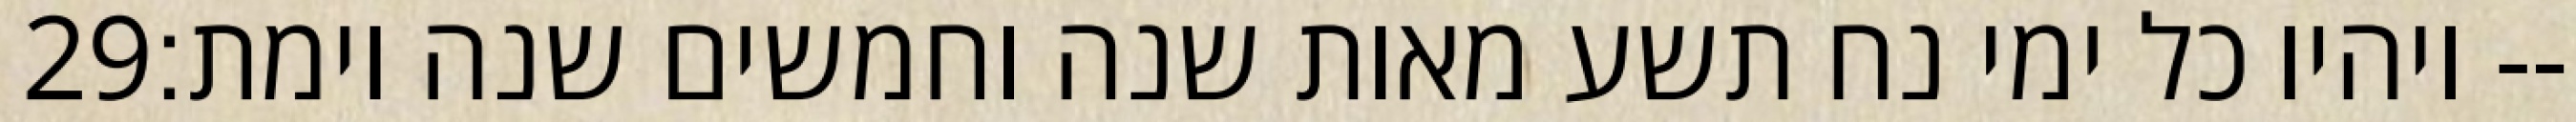
‎29‏ ויהיו כל ימי נח תשע מאות שנה וחמשים שנה וימת׃--